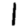
Digit: 1